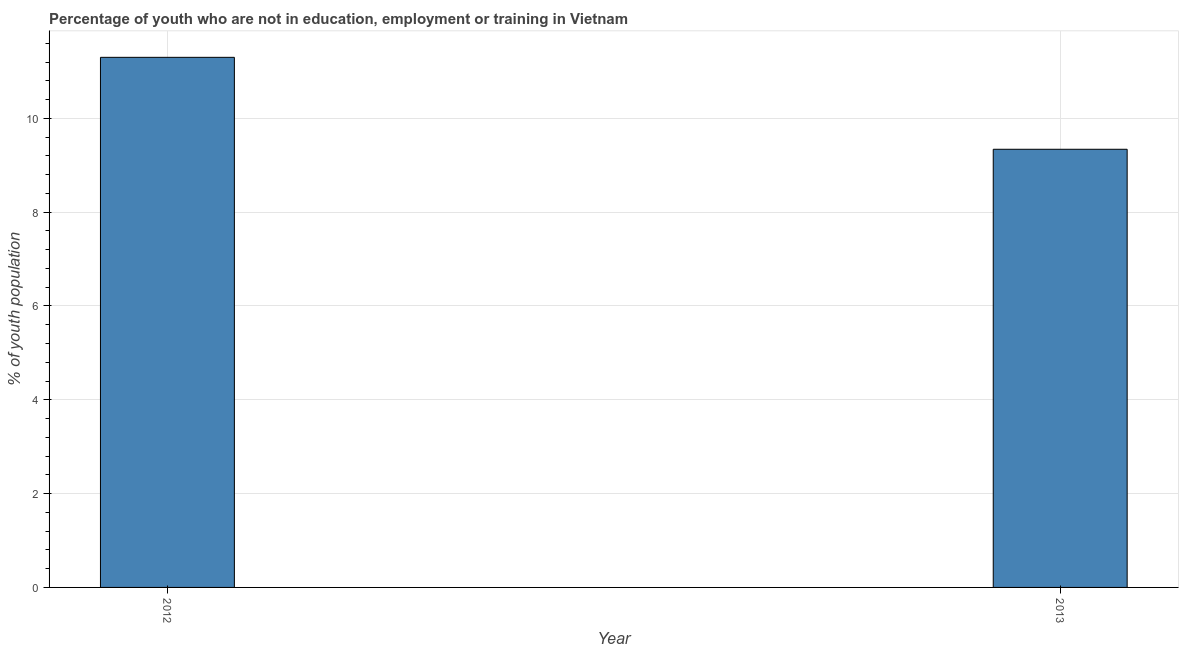
| Year | Unemployed youth |
 | --- | --- |
 | 2012 | 11.3 |
 | 2013 | 9.34 |